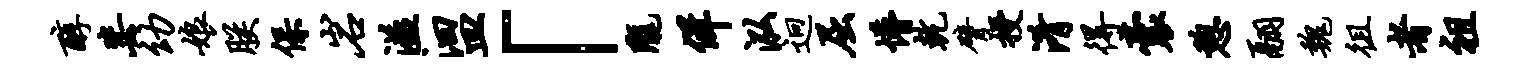
醇毖幼娘朕保岩溢汩皿「陇佯泓迥屈懵乾臂授淆得囊憩翮魏徂者祖